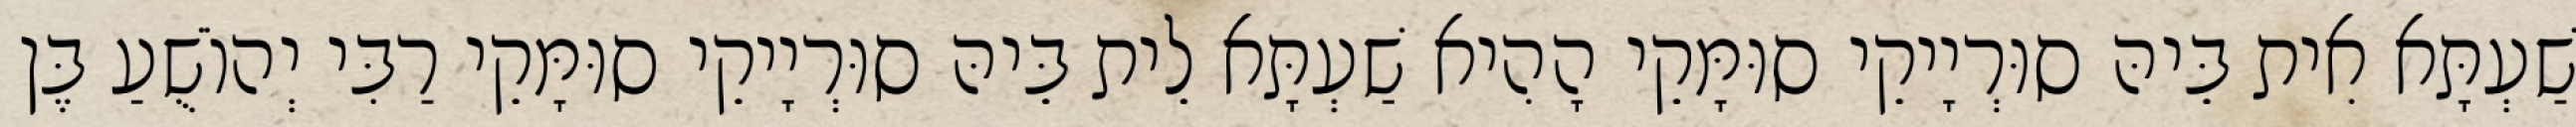
שַׁעְתָּא אִית בֵּיהּ סוּרְיָיקֵי סוּמָּקֵי הָהִיא שַׁעְתָּא לֵית בֵּיהּ סוּרְיָיקֵי סוּמָּקֵי רַבִּי יְהוֹשֻׁעַ בֶּן